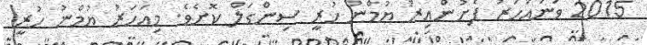
2015 ވަނައަހަރު ފެށުންއިރު ޔުމްނު ހުރީ ސިންގަލް ކޮށެވެ. މިއަހަރު ޔުމްނު ހުރީ